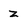
Character: Z